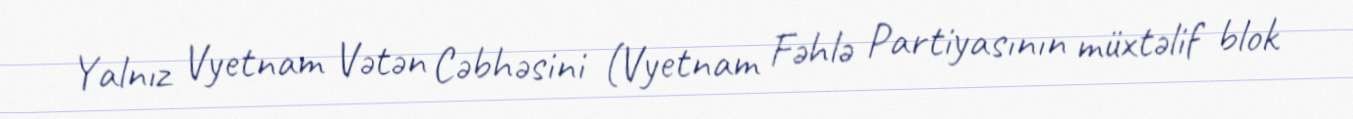
Yalnız Vyetnam Vətən Cəbhəsini (Vyetnam Fəhlə Partiyasının müxtəlif blok